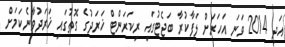
އަދި 2014 ވަނަ އަހަރަށް ލަފާކުރާ ބަޖެޓުގައި ރިކަރަންޓް ޚަރަދުގެ ގޮތުގައި ޚަރަދުވާނެކަމަށް